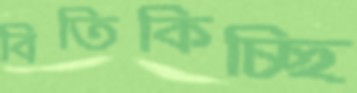
বিতিকিচ্ছি